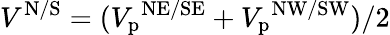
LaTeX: V^{\mathrm{N/S}}=({V_{\mathrm{p}}}^{\mathrm{NE/SE}}+{V_{\mathrm{p}}}^{\mathrm{NW/SW}})/2